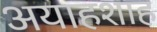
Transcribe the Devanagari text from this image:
अयाहशाह